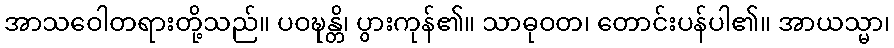
အာသဝေါတရားတို့သည်။ ပဝဍ္ဎန္တိ၊ ပွားကုန်၏။ သာဓုဝတ၊ တောင်းပန်ပါ၏။ အာယသ္မာ၊